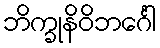
ဘိက္ခုနိဝိဘင်္ဂေါ